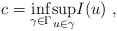
\begin{align*} c=\underset{\gamma\in \Gamma }{\inf}\underset{u\in \gamma}{\sup} I(u)~,\end{align*}